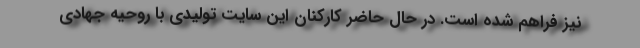
نیز فراهم شده است. در حال حاضر کارکنان این سایت تولیدی با روحیه جهادی